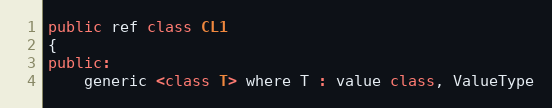
Language: C++
public ref class CL1
{
public:
	generic <class T> where T : value class, ValueType